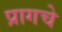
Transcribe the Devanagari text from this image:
प्रागचे